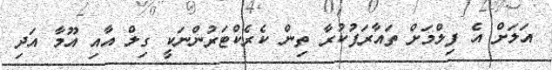
އަލަށް އެ ފިލްމަށް ތައާރަފުކުރާ ތިން ކެރެކްޓަރުންނަކީ ގިލް އާއި އޫމާ އަދި